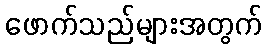
ဖောက်သည်များအတွက်